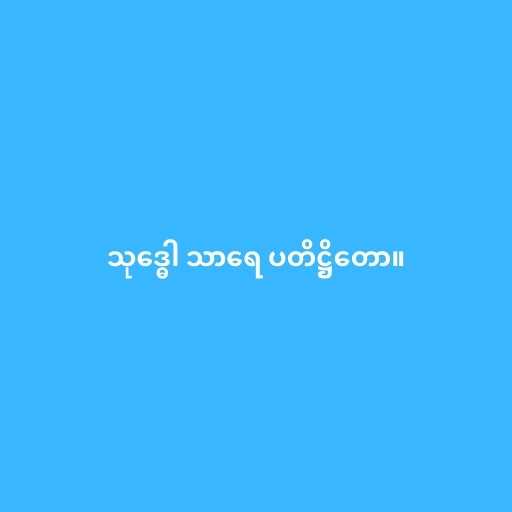
သုဒ္ဓေါ သာရေ ပတိဋ္ဌိတော။